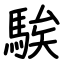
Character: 騃